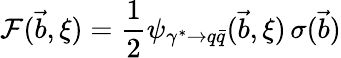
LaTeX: {\cal F}(\vec{b},\xi)=\frac{1}{2}\psi_{\gamma^{*}\rightarrow q\bar{q}}(\vec{b},\xi)\, \sigma(\vec{b})